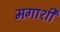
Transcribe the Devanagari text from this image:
मगाशी